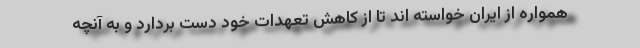
همواره از ایران خواسته اند تا از کاهش تعهدات خود دست بردارد و به آنچه